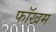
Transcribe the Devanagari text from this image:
फॉखम